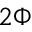
2 \Phi